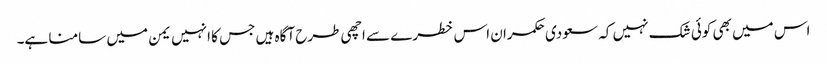
اس میں بھی کوئی شک نہیں کہ سعودی حکمران اس خطرے سے اچھی طرح آگاہ ہیں جس کا انہیں یمن میں سامنا ہے۔